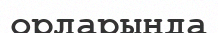
орларында